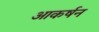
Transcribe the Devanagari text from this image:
आकर्षन